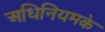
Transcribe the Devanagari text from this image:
अधिनियमके